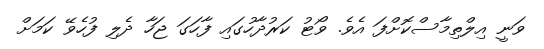
ވަނީ އިލްތިމާސްކޮށްފަ އެވެ. ވޯޓު ކަރުދާހުގައި ފާހަގަ ޖަހާ ދެލި ފުހެވޭ ކަމަށް